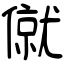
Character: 僦